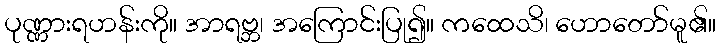
ပုဏ္ဏားရဟန်းကို။ အာရဗ္ဘ၊ အကြောင်းပြု၍။ ကထေသိ၊ ဟောတော်မူ၏။